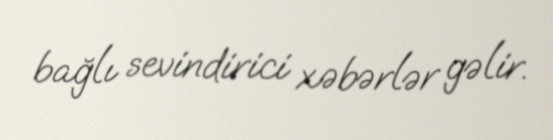
bağlı sevindirici xəbərlər gəlir.